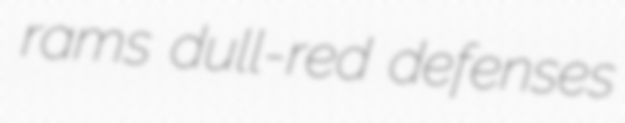
rams dull-red defenses